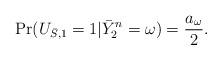
LaTeX: \begin{align*}\Pr(U_{\bar{S},1}=1|\bar{Y}_2^n=\omega)=\frac{a_\omega}{2}.\end{align*}